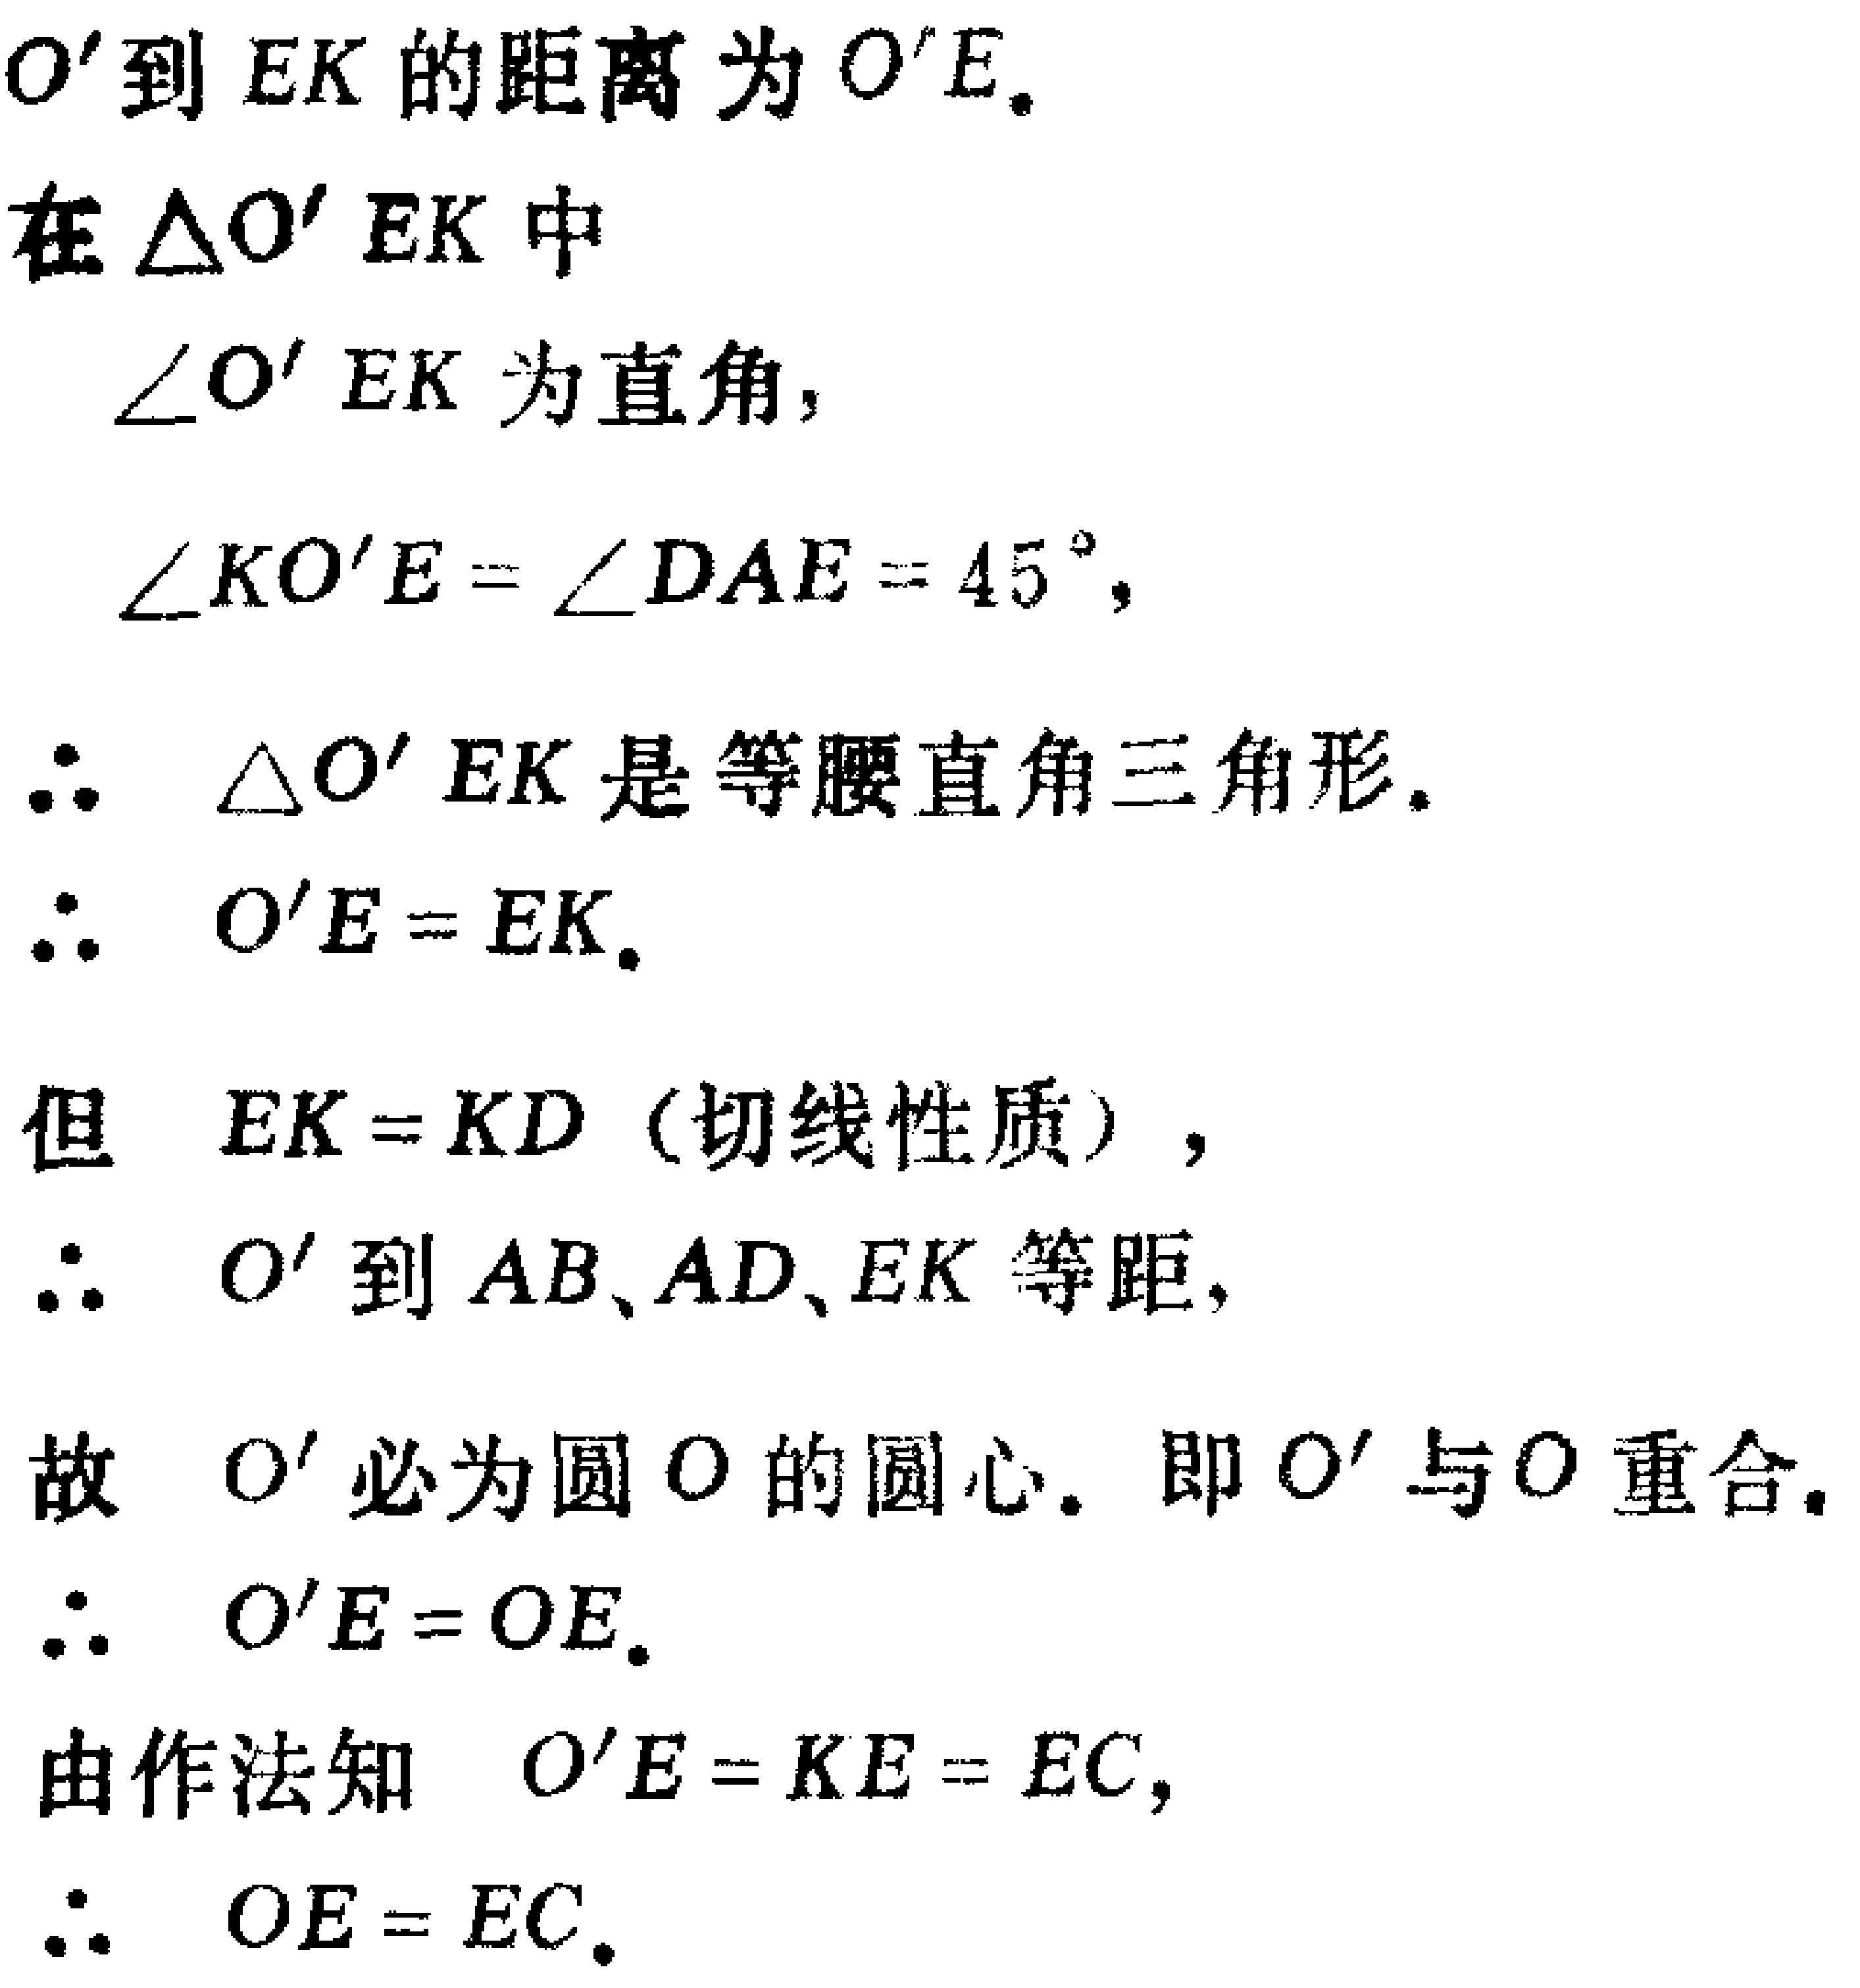
$O'$到$EK$的距离为$O'E$.
在$\triangle O'EK$中
$\angle O'EK$为直角,
$\angle KO'E = \angle DAE = 45^{\circ}$,
$\therefore$ $\triangle O'EK$是等腰直角三角形.
$\therefore$ $O'E = EK$.
但 $EK = KD$（切线性质）,
$\therefore$ $O'$到$AB、AD、EK$等距,
故 $O'$必为圆$O$的圆心. 即$O'$与$O$重合.
$\therefore$ $O'E = OE$.
由作法知 $O'E = KE = EC$,
$\therefore$ $OE = EC$.